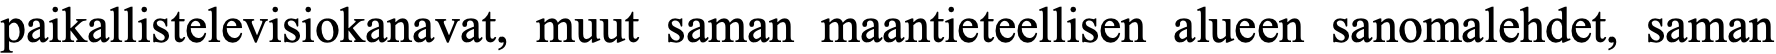
paikallistelevisiokanavat, muut saman maantieteellisen alueen sanomalehdet, saman